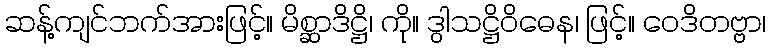
ဆန့်ကျင်ဘက်အားဖြင့်။ မိစ္ဆာဒိဋ္ဌိ၊ ကို။ ဒွါသဋ္ဌိဝိဓေန၊ ဖြင့်။ ဝေဒိတဗ္ဗာ၊